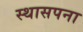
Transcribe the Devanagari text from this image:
स्थासपना